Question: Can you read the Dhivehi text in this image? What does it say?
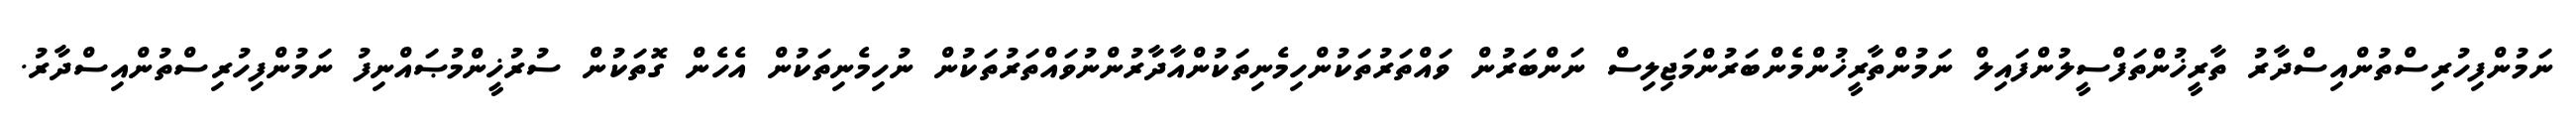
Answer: ނަމުންފިހުރިސްތުންއިސްދާރު ތާރީޚުންތަފްސީލުންފައިލް ނަމުންތާރީޚުންމެންބަރުންމަޖިލިސް ނަންބަރުން ވައްތަރުތަކުންހިމެނިތަކުންއާދާރުންނުވައްތަރުތަކުން ނުހިމެނިތަކުން އެހެން ގޮތަކުން ސުރުޚީންމުޞައްނިފު ނަމުންފިހުރިސްތުންއިސްދާރު.